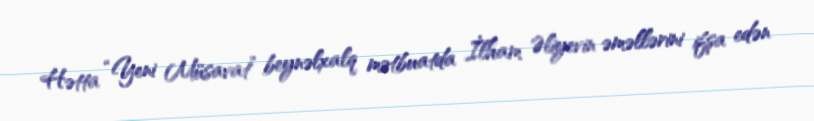
Hətta “Yeni Müsavat” beynəlxalq mətbuatda İlham Əliyevin əməllərini ifşa edən